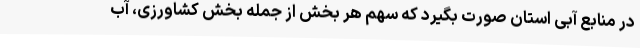
در منابع آبی استان صورت بگیرد که سهم هر بخش از جمله بخش کشاورزی، آب